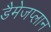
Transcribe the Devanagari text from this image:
डैमेजप्लान